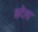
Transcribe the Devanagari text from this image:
कटेला